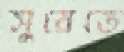
সুরেতে